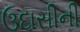
ઉદાસીની